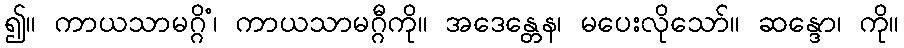
၍။ ကာယသာမဂ္ဂိံ၊ ကာယသာမဂ္ဂီကို။ အဒေန္တေန၊ မပေးလိုသော်။ ဆန္ဒော၊ ကို။